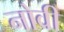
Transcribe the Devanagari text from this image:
नोवीं